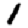
Digit: 1